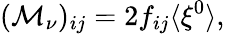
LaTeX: ({\cal M}_{\nu})_{ij}=2f_{ij}\langle\xi^{0}\rangle,